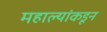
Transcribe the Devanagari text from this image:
महाल्यांकडून